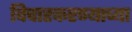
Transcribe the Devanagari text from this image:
विचारकरण्याच्या